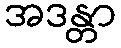
အဒန္တာ